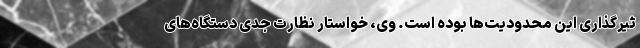
ثیرگذاری این محدودیت‌ها بوده است. وی، خواستار نظارت جدی دستگاه‌های